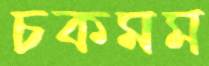
চকমম